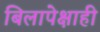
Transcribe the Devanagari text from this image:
बिलापेक्षाही